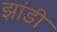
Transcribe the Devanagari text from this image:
झांडी